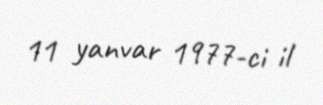
11 yanvar 1977-ci il